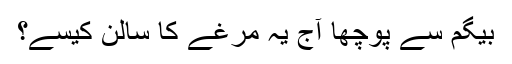
بیگم سے پوچھا آج یہ مرغے کا سالن کیسے؟